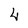
Character: 4